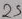
Text: 23